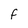
Character: F